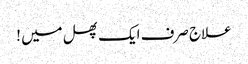
علاج صرف ایک پھل میں !